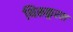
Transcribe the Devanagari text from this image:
थिरूकुरल